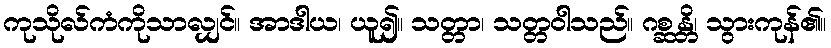
ကုသိုလ်ကံကိုသာလျှင်။ အာဒါယ၊ ယူ၍။ သတ္တာ၊ သတ္တဝါသည်။ ဂစ္ဆန္တိ၊ သွားကုန်၏။